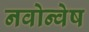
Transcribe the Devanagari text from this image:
नवोन्वेष